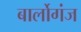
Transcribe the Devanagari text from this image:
बार्लोगंज